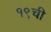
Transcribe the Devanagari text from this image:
१९ची